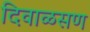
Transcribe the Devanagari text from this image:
दिवाळसण